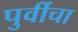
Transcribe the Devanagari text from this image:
पुर्वीचा